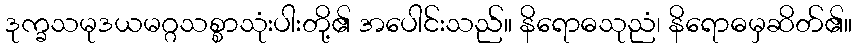
ဒုက္ခသမုဒယမဂ္ဂသစ္စာသုံးပါးတို့၏ အပေါင်းသည်။ နိရောဓသုညံ၊ နိရောဓမှဆိတ်၏။